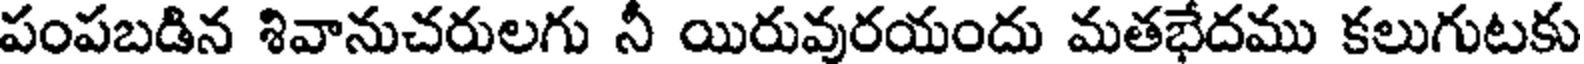
పంపబడిన శివానుచరులగు నీ యిరువురయందు మతభేదము కలుగుటకు